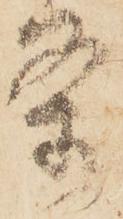
条